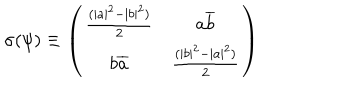
\sigma ( \psi ) \equiv \left( \begin{array} { c c } { { \frac { ( | a | ^ { 2 } - | b | ^ { 2 } ) } { 2 } } } & { { a \overline { { { b } } } } } \\ { { b \overline { { { a } } } } } & { { \frac { ( | b | ^ { 2 } - | a | ^ { 2 } ) } { 2 } } } \\ \end{array} \right)